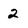
Character: 2